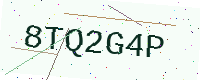
Text: 8TQ2G4P